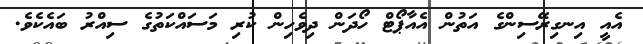
އެއީ އިނގިރޭސިންގެ އަތުން އެއާޕޯޓް ހޯދަން ދިވެހިން ކުރި މަސައްކަތުގެ ސިއްރު ބައެކެވެ.